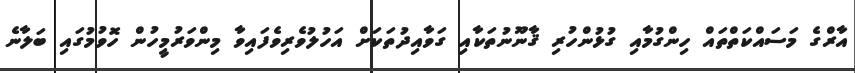
އާރްގެ މަސައްކަތްތައް ހިންގުމާއި ގުޅުންހުރި ޤާނޫނުތަކާއި ގަވާއިދުތަކަށް އަހުލުވެރިވެފައިވާ މިންވަރުމީހުން ހޮވުމުގައި ބަލާނެ